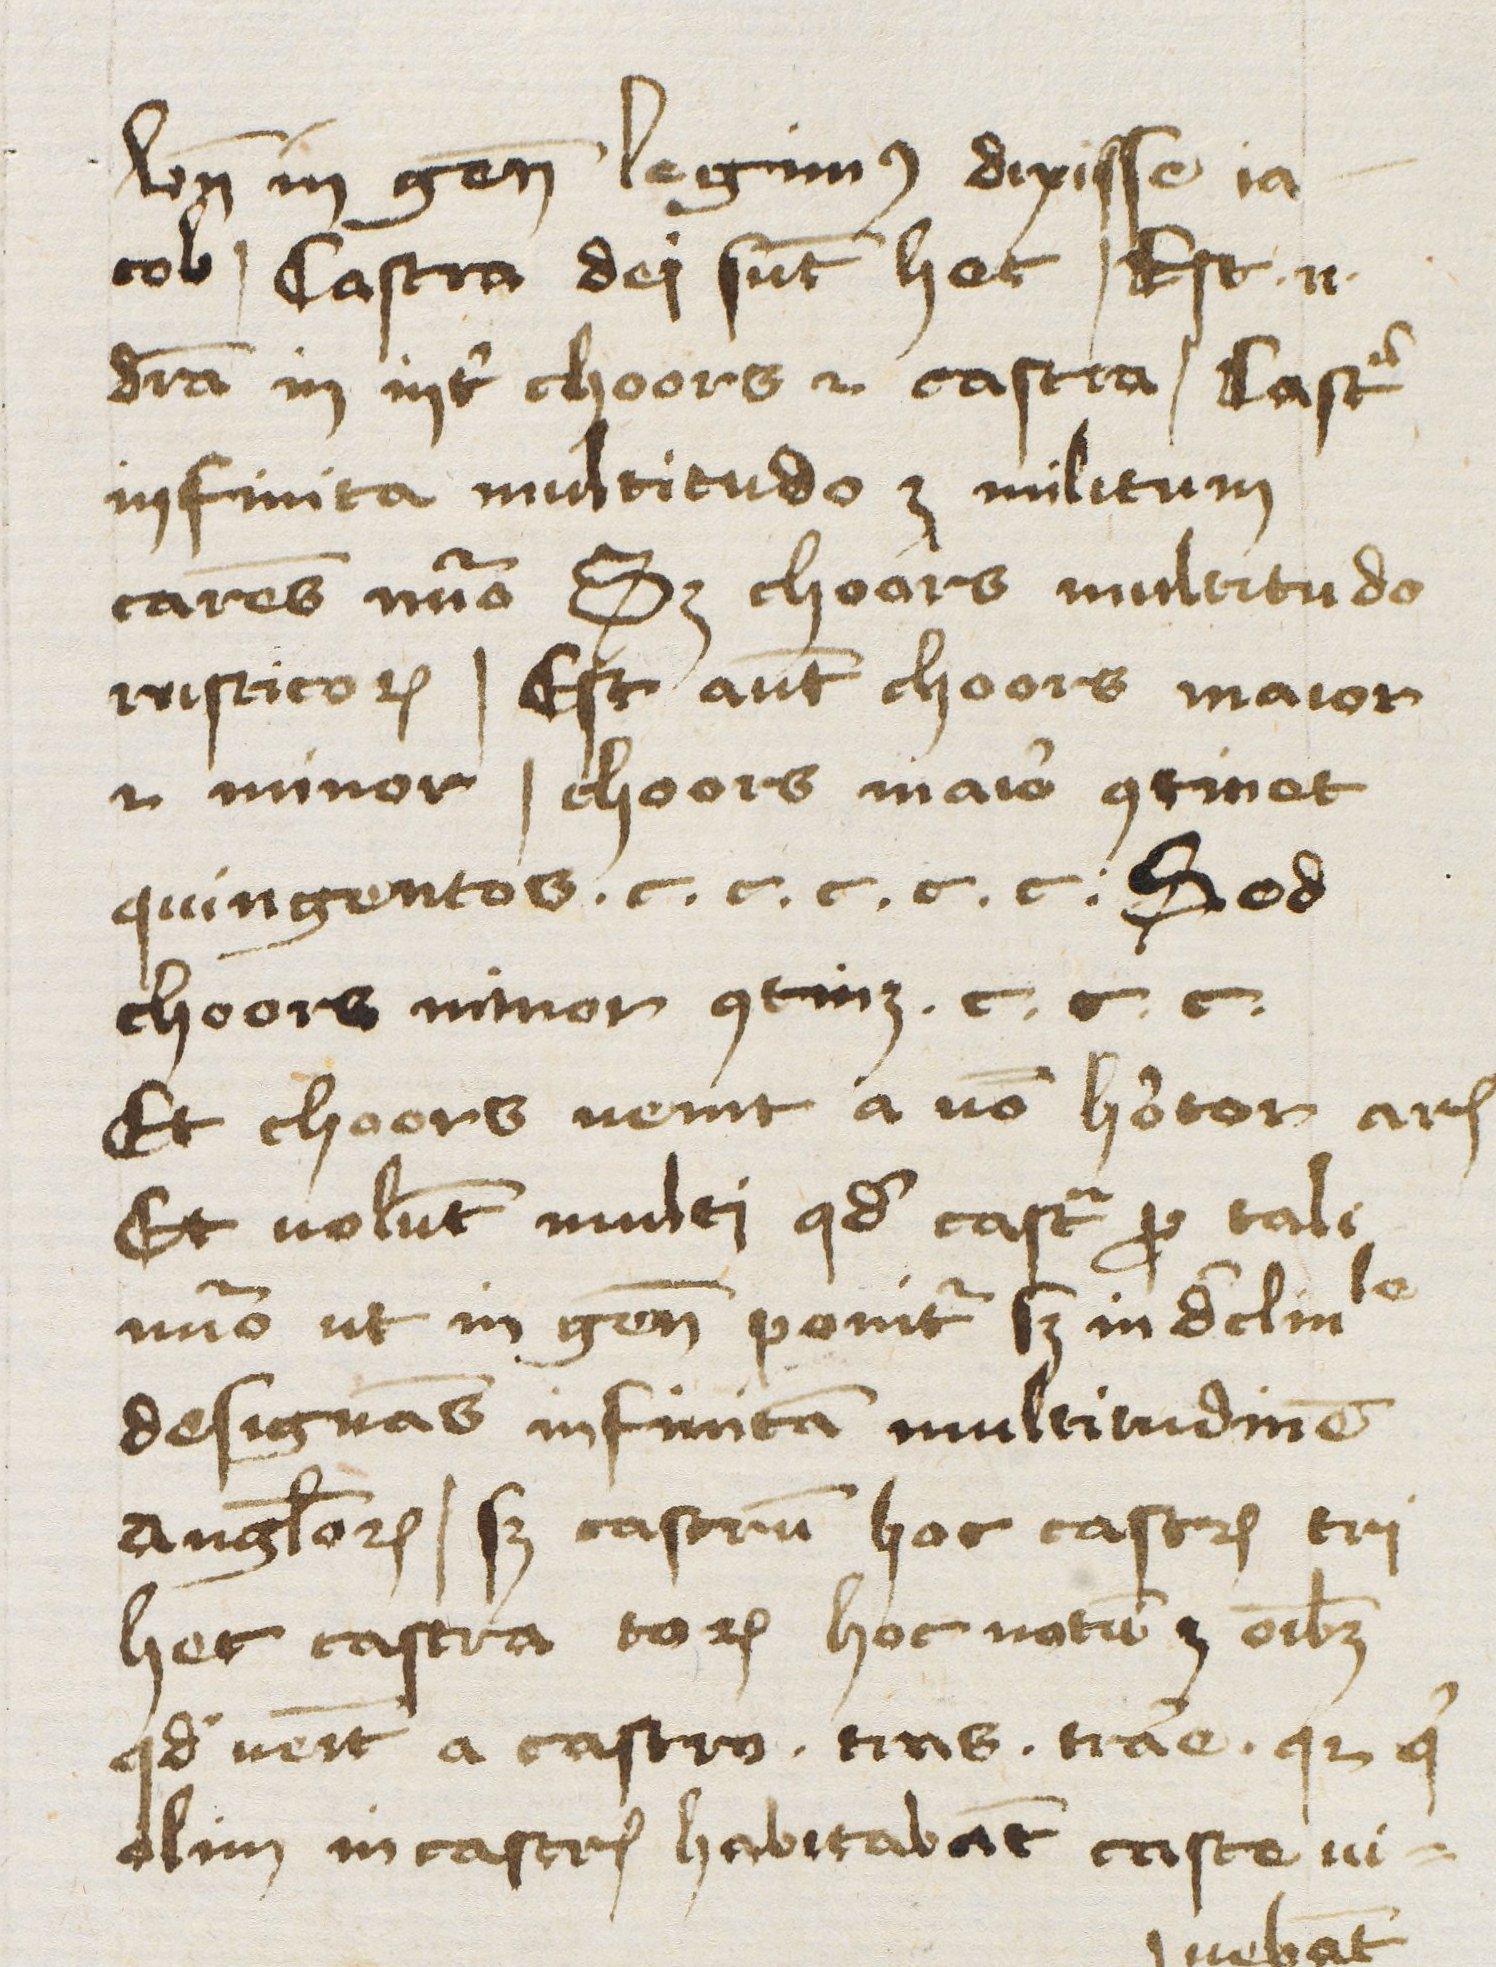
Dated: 1385–1415